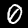
Digit: 0